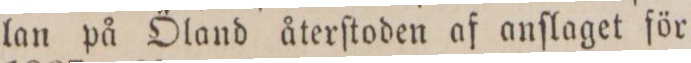
lan på Öland återſtoden af anſlaget för